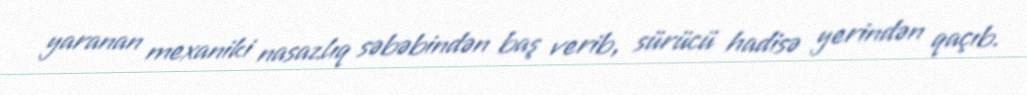
yaranan mexaniki nasazlıq səbəbindən baş verib, sürücü hadisə yerindən qaçıb.